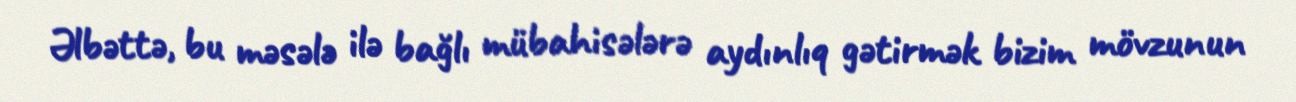
Əlbəttə, bu məsələ ilə bağlı mübahisələrə aydınlıq gətirmək bizim mövzunun